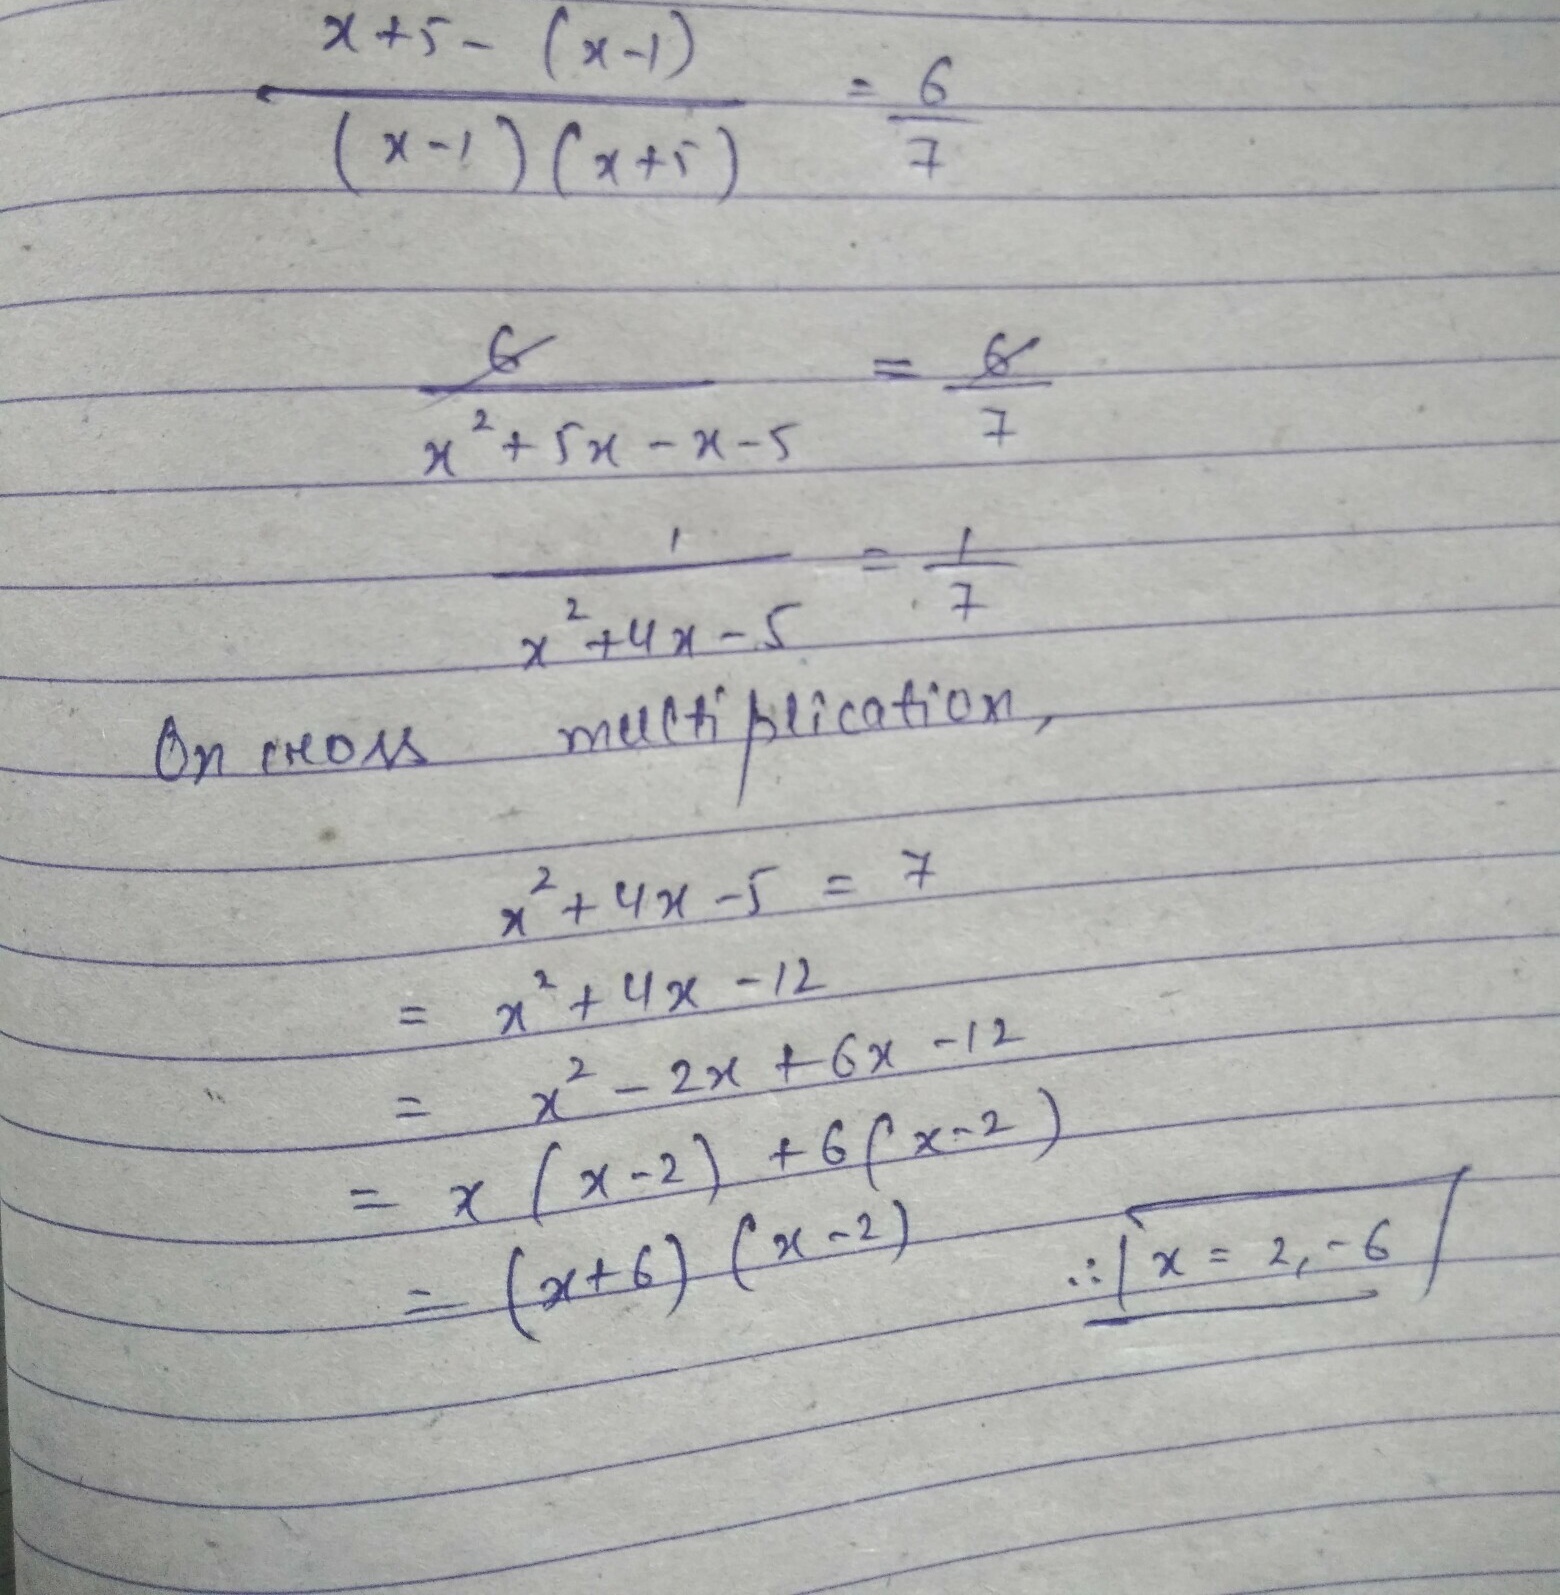
\[
\begin{align*}
\frac{x + 5-(x - 1)}{(x - 1)(x + 5)}&=\frac{6}{7}\\
\frac{6}{x^{2}+5x - x-5}&=\frac{6}{7}\\
\frac{1}{x^{2}+4x - 5}&=\frac{1}{7}\\
\end{align*}
\]
进行交叉相乘，可得
\[
\begin{align*}
x^{2}+4x - 5&=7\\
x^{2}+4x - 12&=0\\
x^{2}-2x + 6x - 12&=0\\
x(x - 2)+6(x - 2)&=0\\
(x + 6)(x - 2)&=0
\end{align*}
\]
\(\therefore x = 2,-6\)